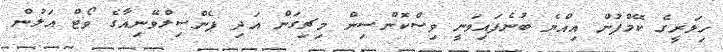
ހިލަރީގެ ކޭމްޕުން އިއްޔެ ބުނެފައިވަނީ ވިސްކޮންސިން މިޗިގަން އަދި ޕެންސިލްވޭނިއާގެ ވޯޓް އަލުން